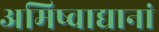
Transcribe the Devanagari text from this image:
अमिष्वाद्यानां